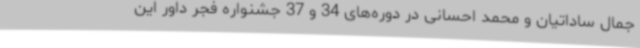
جمال ساداتیان و محمد احسانی در دوره‌های 34 و 37 جشنواره فجر داور این